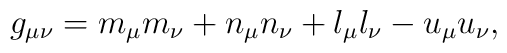
g_{\mu\nu} =m_\mu m_\nu + n_\mu n_\nu + l _\mu l_\nu - u_\mu u_\nu,